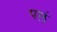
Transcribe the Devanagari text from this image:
पलं